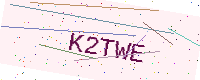
Text: K2TWE